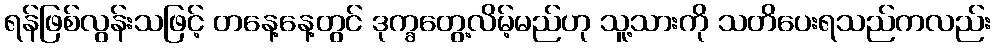
ရန်ဖြစ်လွန်းသဖြင့် တနေ့နေ့တွင် ဒုက္ခတွေ့လိမ့်မည်ဟု သူ့သားကို သတိပေးရသည်ကလည်း